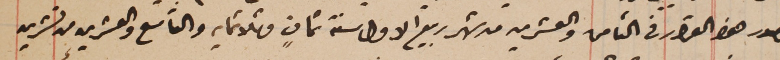
مصدر هذا القرار في الثامن والعشرين من شهر ربيع الاول سنة ثمانٍ وثلاثمايه والتاسع والعشرين من تشرين